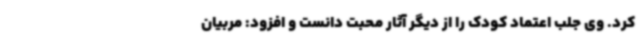
کرد. وی جلب اعتماد کودک را از دیگر آثار محبت دانست و افزود: مربیان